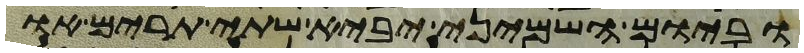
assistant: וביום השמיני יביא שתי תרים או